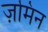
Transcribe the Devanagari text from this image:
ज़मिन